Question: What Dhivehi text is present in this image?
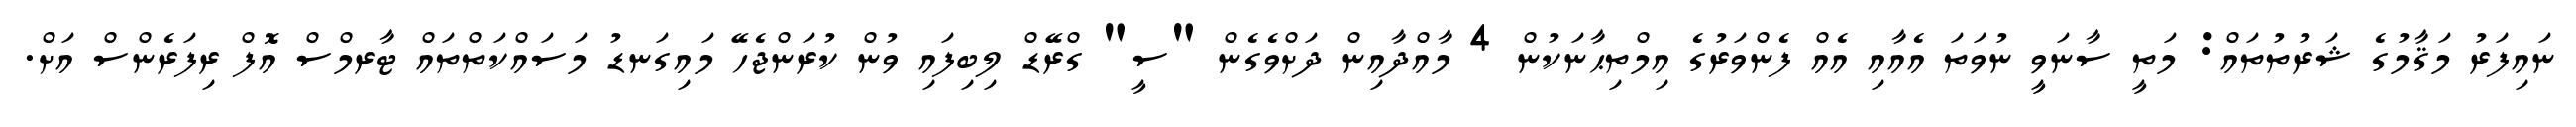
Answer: ނައިފަރު މަޤާމުގެ ޝަރުތުތައް: މަތީ ސާނަވީ ނުވަތަ އެއާއި އެއް ފެންވަރުގެ އިމްތިޙާނަކުން 4 މާއްދާއިން ދަށްވެގެން "ސީ" ގްރޭޑް ލިބިފައި ވުން ކުރަންޖެހޭ މައިގަނޑު މަސައްކަތްތައް ޓާރމްސް އޮފް ރިފަރެންސް އަށް.